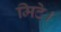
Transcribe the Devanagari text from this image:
मिटे।